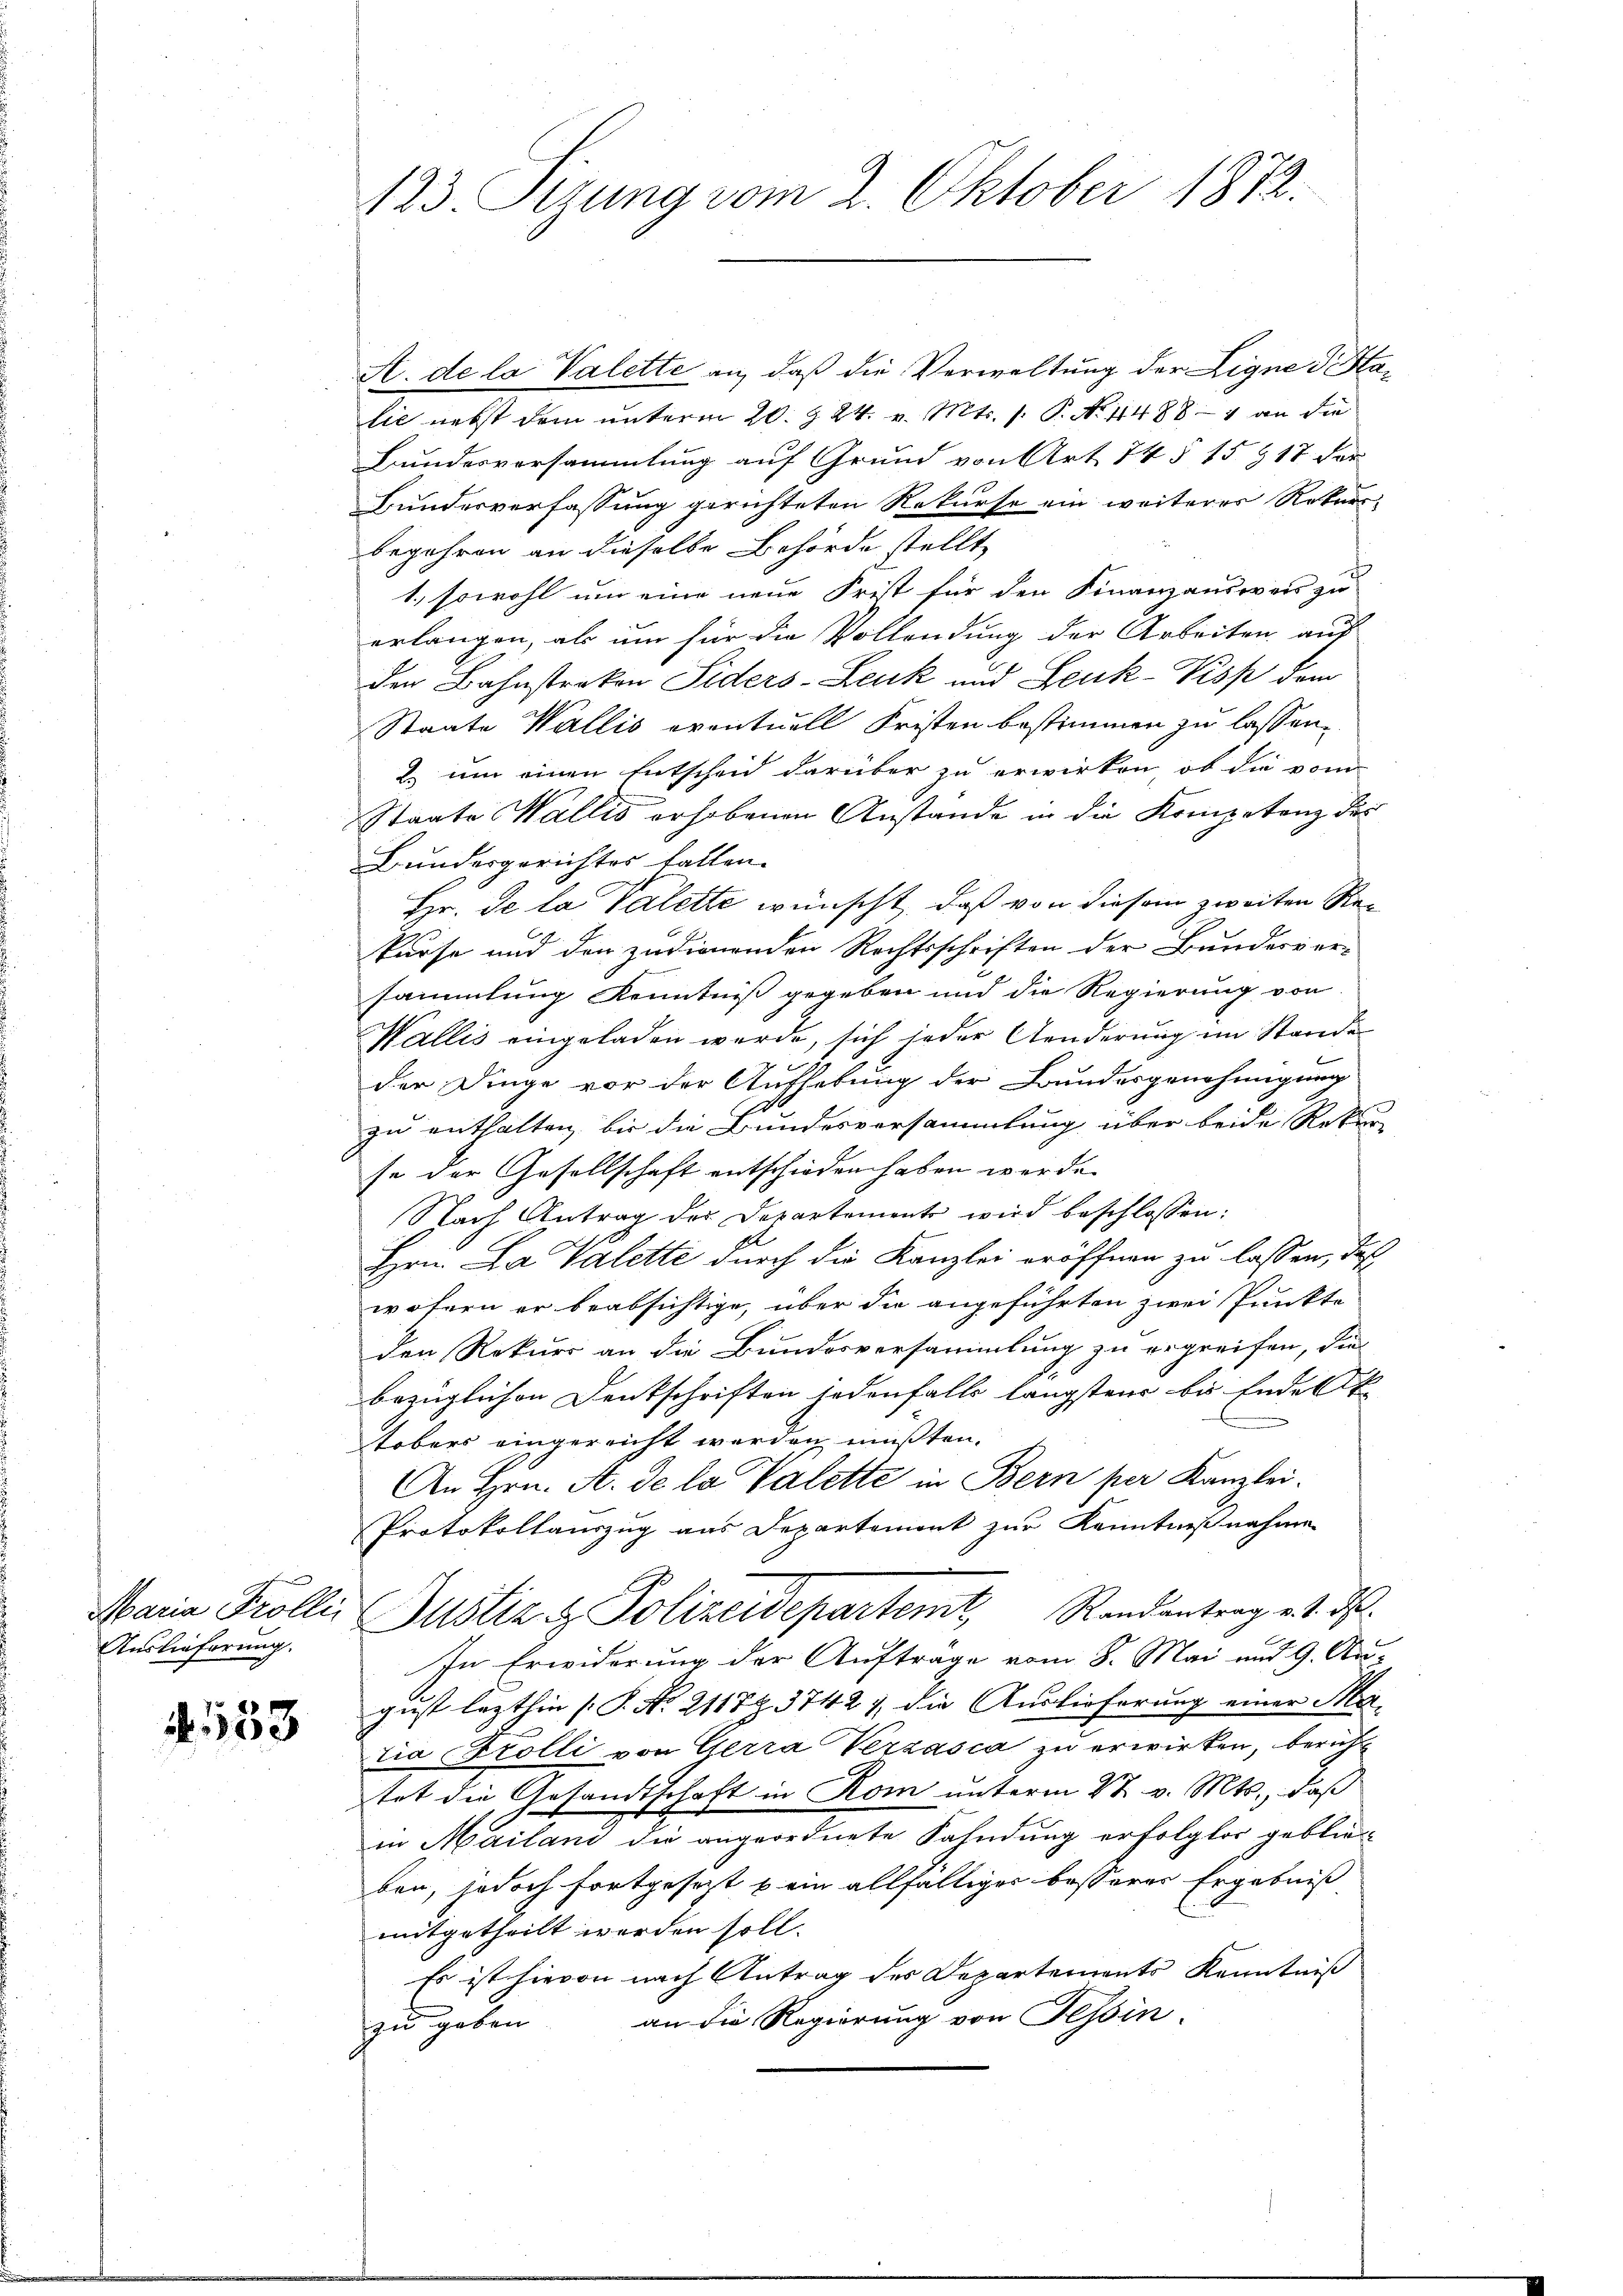
Auslieferung.

4. 553

123 Sizung vom 2. Oktober 1872.

A. de la Valette an, daß die Verwaltung der Eigne d. Halie nebst dem unterm 20. § 24. v. Mts. s. P. No. 4488—4 an die
Bundesversammlung auf Grund von Art. 74 § 15 § 17 der
Bunderverfassung gerichteten Rekurse ein weiterer Rekursbegehren an dieselbe Behörde stellt
1., sowohl um eine neue Frist für den Finanzausweis zu
erlangen, als um für die Vollendung der Arbeiten auf
den Bahnstraken Siders-Leuk und Leuk-Pisp dem
Staate Wallis eventuell Fristen bestimmen zu lassen,
2. um einen Entscheid darüber zu erwirken, ob die vom
Staate Wallis erhobenen Anstande in die Kompetenz des
Bundergerichtes fallen.
Hr. Se la Valette wünscht, daß von diesem zweiten Rekurse und den zudienenden Rechtsschriften der Bunderver-
sammlung Kenntniß gegeben und die Regierung von
Wallis eingeladen werde, sich jeder Aenderung im Stande
der Dinge vor der Aufhebung der Bundesgenehmigung
zu enthalten, bis die Bundesversammlung über beide Rekur
se der Gesellschaft entschieden haben werde.
Nach Antrag der Departement wird beschlossen:
Hrn. La Valette durch die Kanzlei eröffnen zu lassen, daß
wofern er beabsichtige, über die angeführten zwei Punkte
den Rekurs an die Bundesversammlung zu ergreifen, die
bezüglichen Denkschriften jedenfalls längstens bis Endelt
tobers eingereicht werden mußten.
An Hrn. A. de la Valette in Bern per Kanzlei.
Protokollauszug aus Departemont zur Kenntnißnahme
Maria Kolle Justiz & Polizeidepartemt Randantrag v. 2. d.
In Erwiderung der Aufträge vom 8. Mai und 9. Au-
gust lezthin (P. No. 21187. 37427, die Auslieferung einer Matia Stolli von Gerra Verzasca zu erwirken, beruht
tet die Gesandtschaft in Rom unterm 2t v. Mts., daß
in Mailani die angeordnete Fahndung erfolgter geblie-
ben, jedoch fortgesezt kein allfälliger besserer Ergebniß
mitgetheilt werden soll.
Es ist hievon nach Antrag des Departements Kenntniß
zu geben an die Regierung von Tessin.